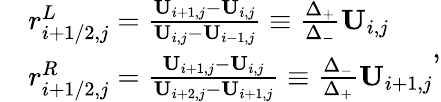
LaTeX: \begin{array}{rl}&{r_{i+1/2,j}^{L}=\frac{\mathbf{U}_{i+1,j}-\mathbf{U}_{i,j}}{\mathbf{U}_{i,j}-\mathbf{U}_{i-1,j}}\equiv\frac{\Delta_{+}}{\Delta_{-}}\mathbf{U}_{i,j}}\\ &{r_{i+1/2,j}^{R}=\frac{\mathbf{U}_{i+1,j}-\mathbf{U}_{i,j}}{\mathbf{U}_{i+2,j}-\mathbf{U}_{i+1,j}}\equiv\frac{\Delta_{-}}{\Delta_{+}}\mathbf{U}_{i+1,j}}\end{array},